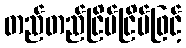
တည်တည်ငြိမ်ငြိမ်ဖြင့်